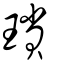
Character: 瑣